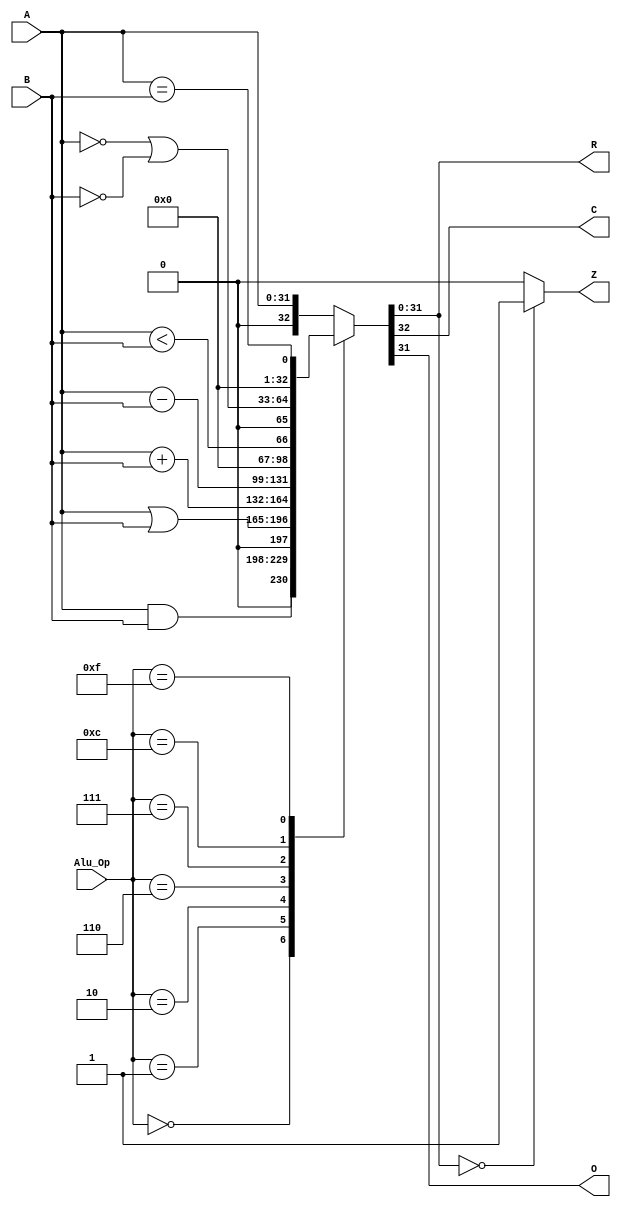
`timescale 1ns / 1ps

/***********************************************************************
* Project:  CECS 440 Lab 4
* Written by: Anthony Paguio & Yamin Yee

* The alu status flags represent the Y output, zero (Z), 
* and a carry out (C).
***********************************************************************/

module ALU(A,B,Alu_Op,C,O,Z,R);

	input [31:0] A,B;
	input [3:0] Alu_Op;
	output reg [31:0] R;       
	output reg C,O,Z;

	always@(A or B or Alu_Op) begin
		case(Alu_Op)
			4'b0000: {C,R}= {1'b0,A & B};	// AND				// logic AND
			4'b0001: {C,R}= {1'b0,A | B};	//OR				// logic OR
			4'b0010: {C,R}= A + B; //ADD						    // ADD
			4'b0110: {C,R}= A - B; //Subtract							// SUBTRACT
			4'b0111: {C,R}= A < B; // Set less than							// LESS THAN
			4'b1100: {C,R}= {1'b0, ~A | ~B};	 //NOR gate				// logic NOR
			4'b1111: {C,R}= A == B;  	// EQUAL
			default:	{C,R}= {1'b0, A};
		endcase
		
		//handle status flags
		O = R[31];
		if (R ==32'b0)
			Z =1'b1;
		else
			Z =1'b0;
		end //end always
		
		

endmodule